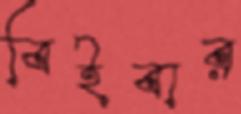
বিইবার